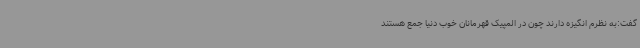
گفت:به نظرم انگیزه دارند چون در المپیک قهرمانان خوب دنیا جمع هستند